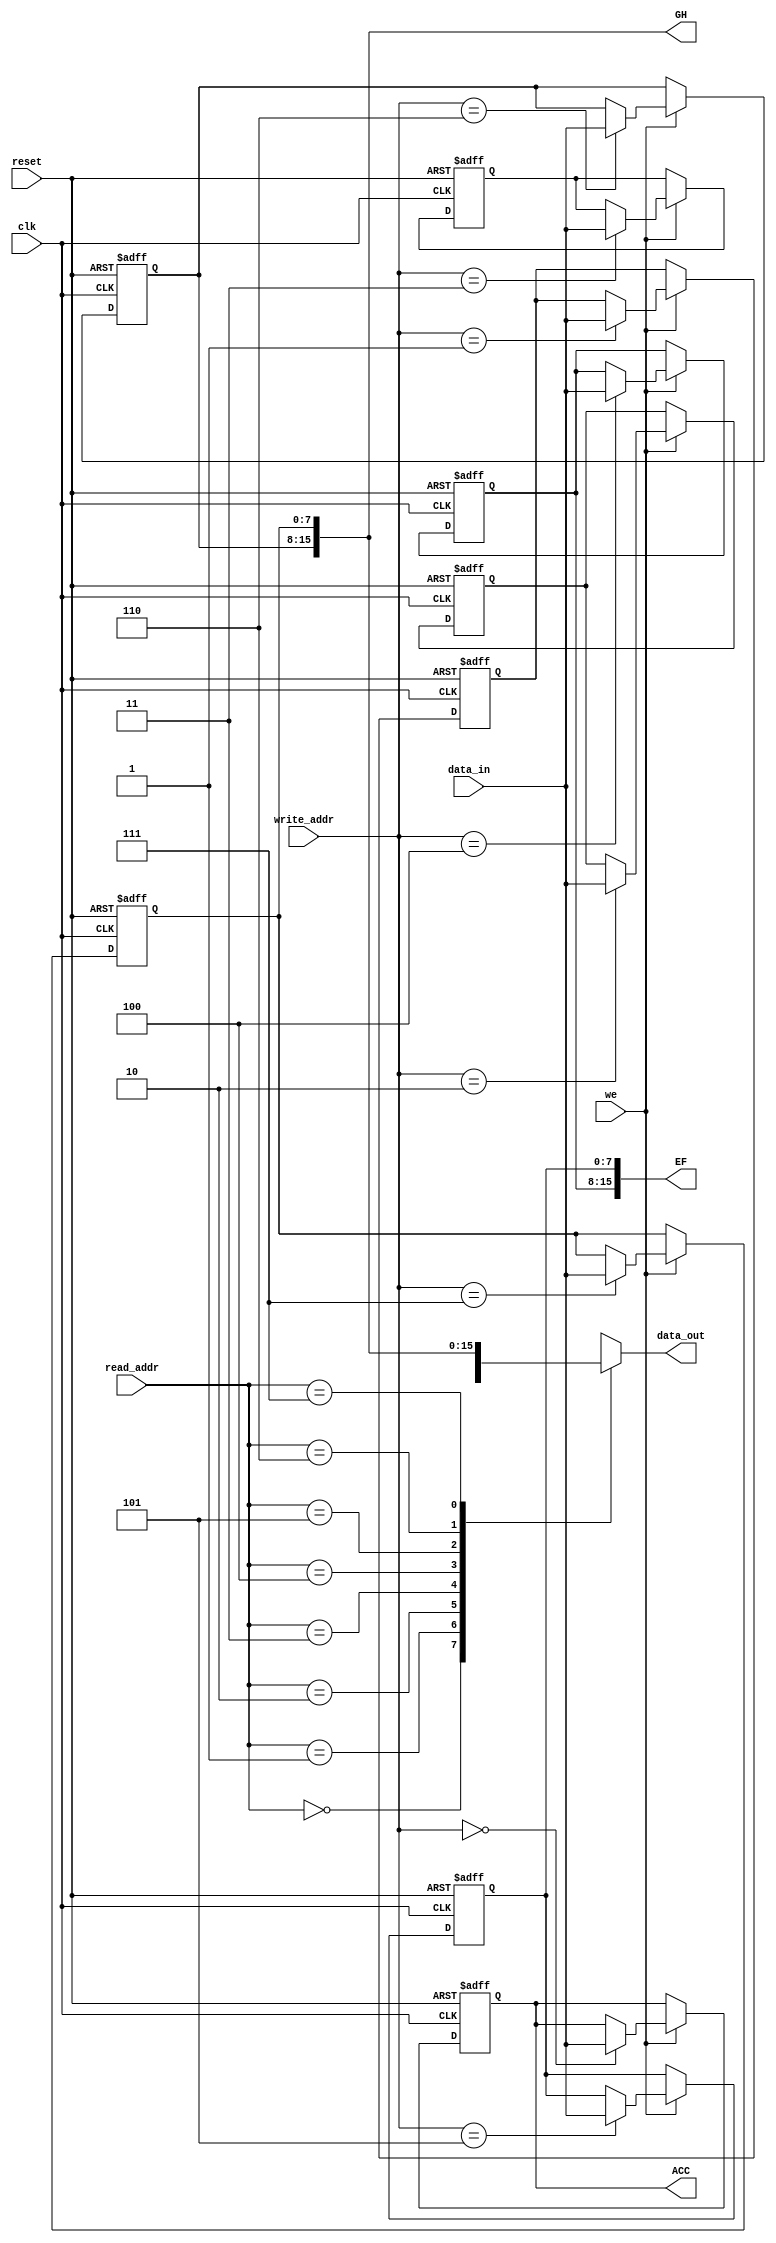
// DJ8 CPU (C) DaveX 2003-2024

module register_file(
    input wire clk,
    input wire reset,
    input wire [2:0] read_addr,
    input wire [2:0] write_addr,
    input wire [7:0] data_in,
    output wire [7:0] data_out,
    input wire we,
    output wire [7:0] ACC,
    output wire [15:0] EF,
    output wire [15:0] GH
);

    reg [7:0] regs[0:7]; // Register array
    integer i;

    // Register update
    always @(posedge clk, posedge reset) begin
        if (reset) begin
            // Initialize registers on reset
            for (i = 0; i < 8; i = i + 1) begin
                regs[i] <= 8'b10000000; // The reset value mentioned in the VHDL
            end
        end else begin
            if (we) begin
                regs[write_addr] <= data_in; // Write data to the register
            end
        end
    end

    // Read register
    assign data_out = regs[read_addr];

    // Special registers
    assign ACC = regs[0];
    assign EF = {regs[4], regs[5]};
    assign GH = {regs[6], regs[7]};

endmodule